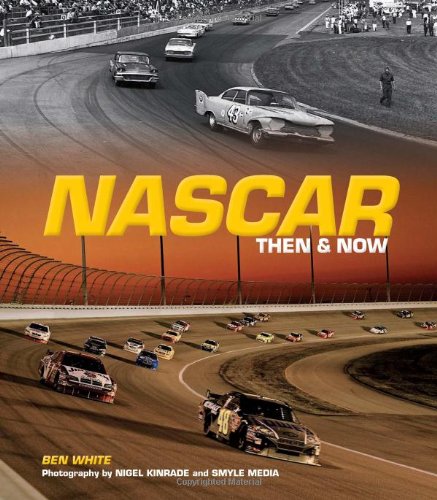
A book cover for NASCAR Then and Now; Ben White; Engineering & Transportation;